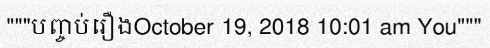
"""បញ្ចប់រឿងOctober 19, 2018 10:01 am You"""